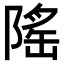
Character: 𬯒